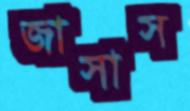
জাসাস